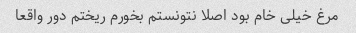
مرغ خیلی خام بود اصلا نتونستم بخورم ریختم دور واقعا